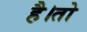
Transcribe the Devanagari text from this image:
है।तो